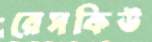
রেসকিউ